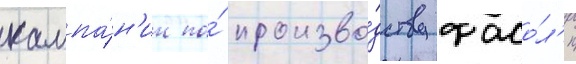
кампа́н'ии по́ произво́дству фасо́л'и